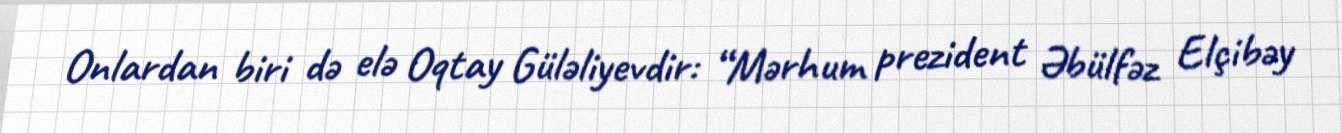
Onlardan biri də elə Oqtay Güləliyevdir: “Mərhum prezident Əbülfəz Elçibəy